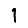
Digit: 1